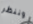
وننظر